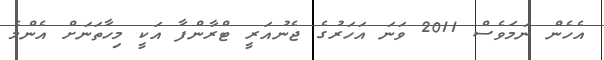
އެހެން ނަމަވެސް 2011 ވަނަ އަހަރުގެ ޖެނުއަރީ ޓްރާންފާ އަކީ މިހާތަނަށް އެންމެ